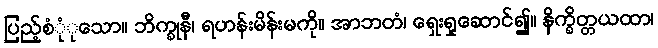
ပြည့်စုုံံသော။ ဘိက္ခုနီ၊ ရဟန်းမိန်းမကို။ အာဘတံ၊ ရှေးရှုဆောင်၍။ နိက္ခိတ္တယထာ၊